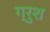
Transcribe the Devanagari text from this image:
ग्रुश